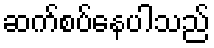
ဆက်စပ်နေပါသည်